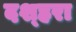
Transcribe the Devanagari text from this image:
दश्हरा